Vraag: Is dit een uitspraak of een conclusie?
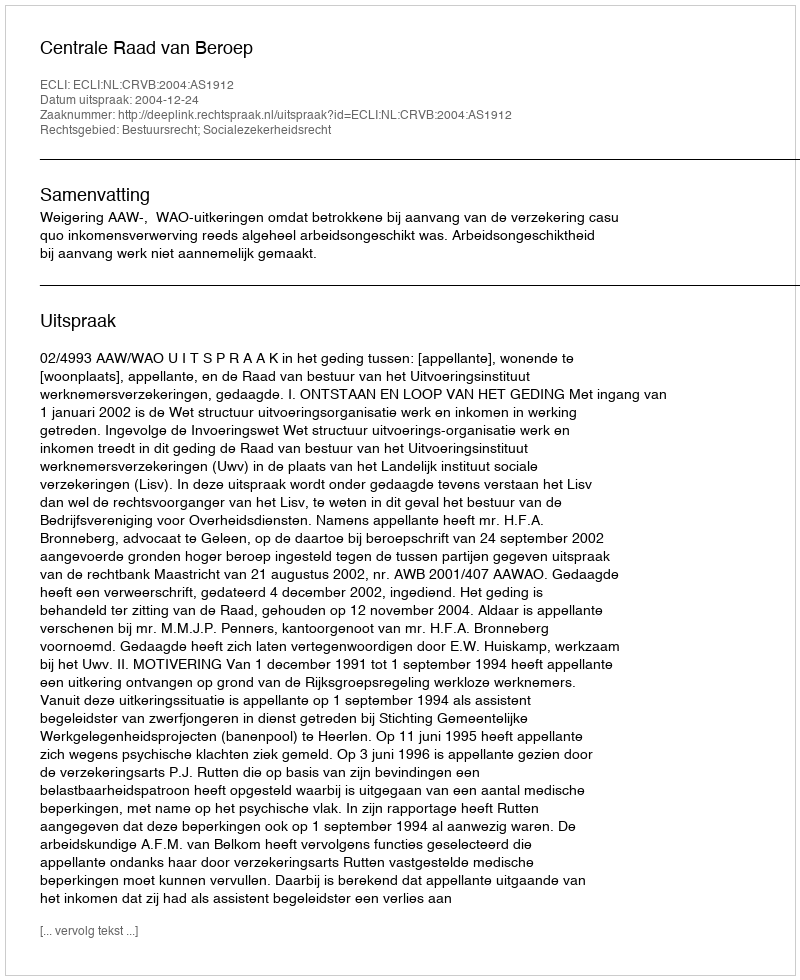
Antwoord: Uitspraak